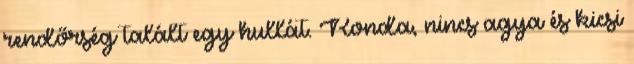
rendőrség talált egy hullát. Ronda, nincs agya és kicsi